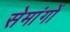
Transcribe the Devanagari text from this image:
सेमांगों